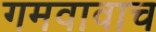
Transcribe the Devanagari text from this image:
गमवावाच